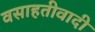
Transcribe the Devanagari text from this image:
वसाहतीवादी